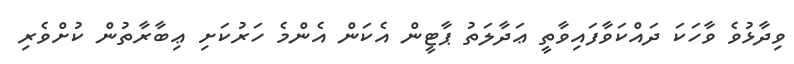
ވިދާޅުވެ ވާހަކަ ދައްކަވާފައިވާތީ ޢަދާލަތު ޕާޓީން އެކަން އެންމެ ހަރުކަށި ޢިބާރާތުން ކުށްވެރި